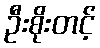
ဦးစိုးတင့်